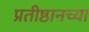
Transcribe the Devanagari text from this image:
प्रतीष्ठानच्या